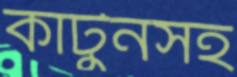
কার্টুনসহ